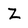
Character: z